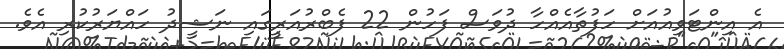
އެ އިންޓަވިއުއަށް ހަފުތާއެއްހާ ދުވަސް ފަހުން 22 ފެބްރުއަރީގައި ނަޝީދު ހައްޔަރުކުރި އެވެ.